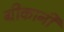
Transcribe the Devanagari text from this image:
ग्रीकानी